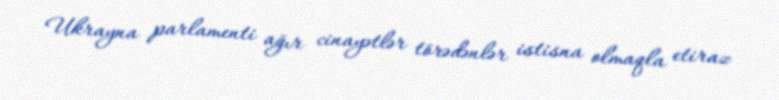
Ukrayna parlamenti ağır cinayətlər törədənlər istisna olmaqla etiraz